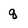
Character: q